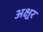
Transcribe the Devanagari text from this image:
अक्ष्रर